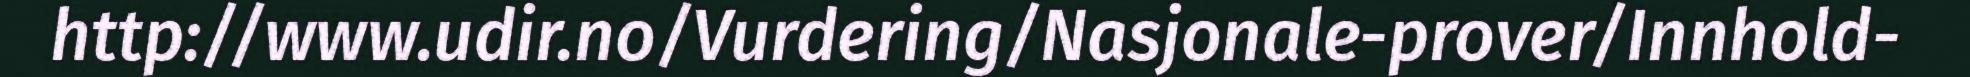
http://www.udir.no/Vurdering/Nasjonale-prover/Innhold-